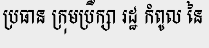
ប្រធាន ក្រុមប្រឹក្សា រដ្ឋ កំពូល នៃ